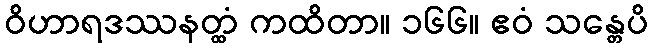
ဝိဟာရဒဿနတ္ထံ ကထိတာ။ ၁၆၆။ ဧဝံ သန္တေပိ